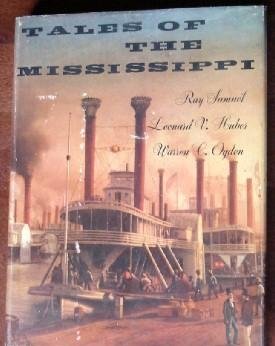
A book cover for Tales of the Mississippi; Ray Samuel; Travel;